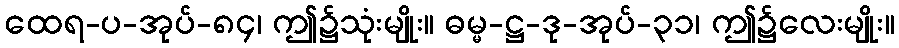
ထေရ-ပ-အုပ်-၈၄၊ ဤ၌သုံးမျိုး။ ဓမ္မ-ဋ္ဌ-ဒု-အုပ်-၃၁၊ ဤ၌လေးမျိုး။